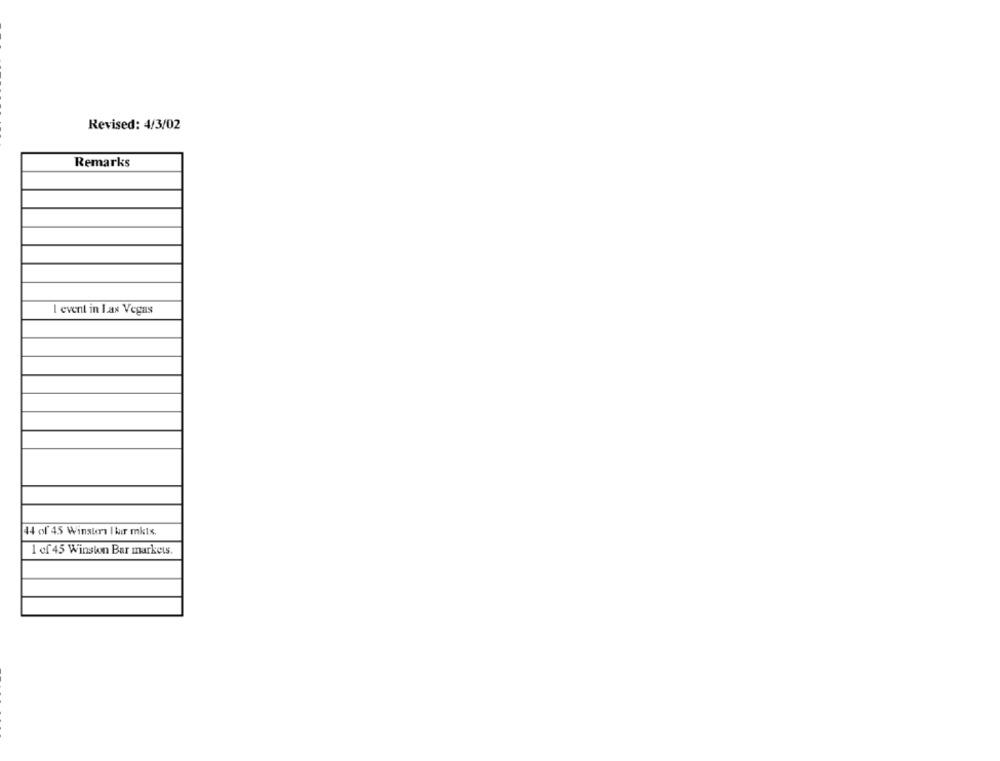
Revised: 4/3/02
Remarks
I event in Las Vegas
44 of 45 Winsters I kir mkts.
1 of 45 Winston Bar markets.